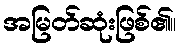
အမြတ်ဆုံးဖြစ်၏။